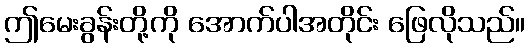
ဤမေးခွန်းတို့ကို အောက်ပါအတိုင်း ဖြေလိုသည်။